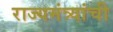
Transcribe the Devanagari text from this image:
राज्यमंत्र्यांची